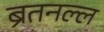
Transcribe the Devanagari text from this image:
ब्रेंतनल्ल